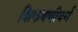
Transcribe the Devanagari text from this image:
शिकवणीवर्ग